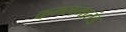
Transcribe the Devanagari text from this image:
कमलमातंड